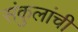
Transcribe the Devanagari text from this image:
संकुलांची